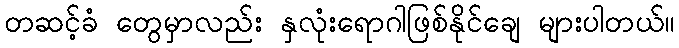
တဆင့်ခံ တွေမှာလည်း နှလုံးရောဂါဖြစ်နိုင်ချေ များပါတယ်။